Vaccination report Assam 1874-1896 - 1874-1896
Year: 1874
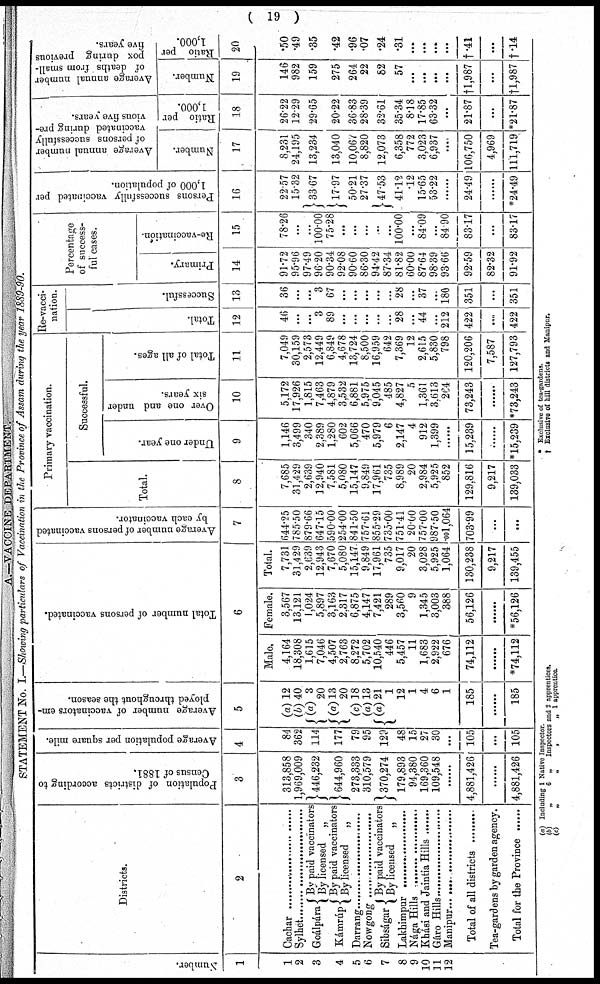
( 19 )
A.—VACCINE DEPARTMENT.
STATEMENT No. I.—Showing particulars of Vaccination in the Province of Assam during the year 1889-90.
Number.
1
1
2
3
4
5
6
7
8
9
10
11
12
Districts.
2
Cachar ..............................
Sylhet ...........................
Goálpára
Kámrúp
By paid vaccinators
By licensed „
By paid vaccinators
By licensed „
Darrang .....................
Nowgong ........................
Sibságar By paid vaccinators
By licensed „
Lakhimpur .....................
Nága Hills ........................
Khási and Jaintia Hills .........
Gáro Hills ..................
Manipur ........................
Total of all districts .........
Tea-gardens by garden agency.
Total for the Province ......
Population of districts according to
Census of 1881.
3
313,858
1,969,009
446,232
644,960
273,333
310,579
370,274
179,893
94,380
169,360
109,548
......
4,881,426
......
4,881,426
Average population per square mile.
4
84
362
114
177
79
95
129
48
15
27
30
...
105
...
105
Average number of vaccinators em-
ployed throughout the season.
5
(a)
(b)
(a)
(a)
(c)
(a)
(a)
12
40
3
20
13
20
18
13
21
1
12
1
4
6
1
185
......
185
Total number of persons vaccinated.
6
Male.
4,164
18,308
1,615
7,046
4,507
2,763
8,272
5,702
10,540
446
5,457
11
1,683
2,922
676
74,112
......
*74,112
Female.
3,567
13,121
1,024
5,897
3,163
2,317
6,875
4,147
7,421
289
3,560
9
1,345
3,003
388
56,126
......
*56,126
Total.
7,731
31,429
2,639
12,943
7,670
5,080
15,147
9,849
17,961
735
9,017
20
3,028
5,925
1,064
130,238
9,217
139,455
Average number of persons vaccinated
by each vaccinator.
7
644.25
785.50
879.66
647.15
590.00
254.00
841.50
757.61
855.29
735.00
751.41
20.00
757.00
987.50
.001,064
703.99
...
...
Primary vaccination.
Total.
8
7,685
31,429
2,639
12,940
7,581
5,080
15,147
9,849
17,961
735
8,989
20
2,984
5,925
852
129,816
9,217
139,033
Successful.
Under one year.
9
1,146
3,499
340
2,389
1,280
602
5,066
470
5,979
6
2,147
4
912
1,399
......
15,239
......
*15,239
Over one and under
six years.
10
5,172
17,926
1,815
7,463
4,879
3,532
6,881
5,975
9,045
485
4,827
5
1,361
3,613
264
73,243
......
*73,243
Total of all ages.
11
7,049
30,159
2,573
12,449
6,849
4,678
13,724
8,500
16,959
642
7,369
12
2,615
5,830
798
120,206
7,587
127,793
Re-vacci-
nation.
Total.
12
46
...
...
3
89
...
...
...
...
...
28
...
44
...
212
422
...
422
Successful.
13
36
...
...
3
67
...
...
...
...
...
28
...
37
...
180
351
...
351
Percentage
of success-
ful cases.
Primary.
14
91.72
95.96
97.49
96.20
90.34
92.08
90.60
86.30
94.42
87.34
81.82
60.00
87.64
98.39
93.66
92.59
82.32
91.92
Re-vaccination.
15
78.06
...
...
100.00
75.28
...
...
...
...
...
100.00
...
84.09
...
84.90
83.17
...
83.17
Persons successfully vaccinated per
1,000 of population.
16
22.57
15.32
33.67
17.97
50.21
27.37
47.53
41.12
.12
15.65
53.22
......
24.49
......
*24.49
Average annual number
of persons successfully
vaccinated during pre-
vious five years.
Number.
17
8,231
24,195
13,234
13,040
10,067
8,820
12,073
6,358
772
3,023
6,937
....
106,750
4,969
111,719
Ratio per
1,000.
18
26.22
12.29
29.65
20.22
36.83
28.39
32.61
35.34
8.18
17.85
63.32
...
21.87
...
*21.87
Average annual number
of deaths from small-
pox during previous
five years.
Number.
19
146
982
159
275
264
22
82
57
...
...
...
...
†1,987
...
†1,987
Ratio per
1,000.
20
.50
.49
.35
.42
.96
.07
.24
.31
...
...
...
...
†.41
...
†.14
(a)
(b)
(c)
Including 1 Native Inspector.
„
6 „
Inspectors and 2 apprentices.
„
„
„
„ 1 apprentice.
* Exclusive of tea-gardens.
† Exclusive of hill districts and Manipur.